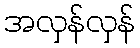
အလှန်လှန်